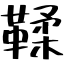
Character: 鞣